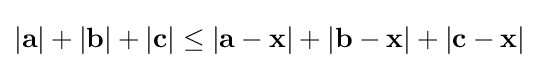
|\mathbf {a} |+|\mathbf {b} |+|\mathbf {c} |\leq |\mathbf {a} -\mathbf {x} |+|\mathbf {b} -\mathbf {x} |+|\mathbf {c} -\mathbf {x} |